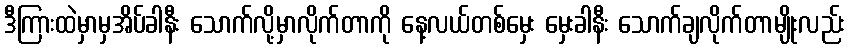
ဒီကြားထဲမှာမှအိပ်ခါနီး သောက်လို့မှာလိုက်တာကို နေ့လယ်တစ်မှေး မှေးခါနီး သောက်ချလိုက်တာမျိုးလည်း